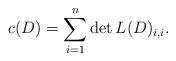
LaTeX: \begin{align*}c(D)=\sum_{i=1}^n \det L(D)_{i,i}.\end{align*}